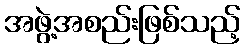
အဖွဲ့အစည်းဖြစ်သည့်